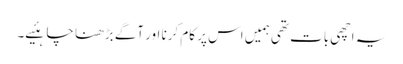
یہ اچھی بات تھی ہمیں اس پر کام کرنا اور آگے بڑھنا چاہئیے۔